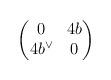
LaTeX: \begin{gather*} \begin{pmatrix} 0 & 4b \\ 4b^\vee & 0\end{pmatrix} \end{gather*}